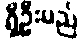
ရှိဦးမည်